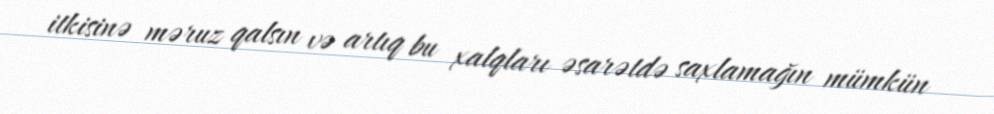
itkisinə məruz qalsın və artıq bu xalqları əsarətdə saxlamağın mümkün